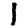
Digit: 1